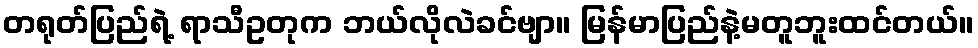
တရုတ်ပြည်ရဲ့ ရာသီဥတုက ဘယ်လိုလဲခင်ဗျာ။ မြန်မာပြည်နဲ့မတူဘူးထင်တယ်။